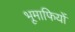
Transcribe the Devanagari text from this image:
भूमाफियों